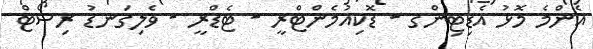
އެންމެ މޮޅު އެޑިޓިންގ - ޑޮކިއުމެންޓްރީ - ޓެޑްރީ - ވެލިގަނޑު ރިސޯޓް